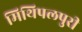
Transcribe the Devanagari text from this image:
मिथिपलपुरी